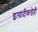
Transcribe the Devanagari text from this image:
इत्यादींकडेही